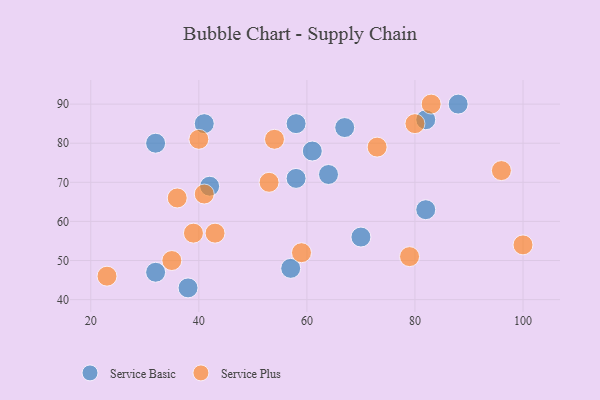
{"axis": {"x": "GDP", "y": "Life Expectancy"}, "legend": ["Service Basic", "Service Plus"], "data": [{"x": "32", "y": 47, "type": "Service Basic"}, {"x": "61", "y": 78, "type": "Service Basic"}, {"x": "41", "y": 85, "type": "Service Basic"}, {"x": "58", "y": 71, "type": "Service Basic"}, {"x": "38", "y": 43, "type": "Service Basic"}, {"x": "57", "y": 48, "type": "Service Basic"}, {"x": "82", "y": 86, "type": "Service Basic"}, {"x": "32", "y": 80, "type": "Service Basic"}, {"x": "64", "y": 72, "type": "Service Basic"}, {"x": "67", "y": 84, "type": "Service Basic"}, {"x": "58", "y": 85, "type": "Service Basic"}, {"x": "82", "y": 63, "type": "Service Basic"}, {"x": "42", "y": 69, "type": "Service Basic"}, {"x": "70", "y": 56, "type": "Service Basic"}, {"x": "88", "y": 90, "type": "Service Basic"}, {"x": "80", "y": 85, "type": "Service Plus"}, {"x": "23", "y": 46, "type": "Service Plus"}, {"x": "36", "y": 66, "type": "Service Plus"}, {"x": "40", "y": 81, "type": "Service Plus"}, {"x": "35", "y": 50, "type": "Service Plus"}, {"x": "53", "y": 70, "type": "Service Plus"}, {"x": "54", "y": 81, "type": "Service Plus"}, {"x": "96", "y": 73, "type": "Service Plus"}, {"x": "79", "y": 51, "type": "Service Plus"}, {"x": "73", "y": 79, "type": "Service Plus"}, {"x": "83", "y": 90, "type": "Service Plus"}, {"x": "43", "y": 57, "type": "Service Plus"}, {"x": "100", "y": 54, "type": "Service Plus"}, {"x": "41", "y": 67, "type": "Service Plus"}, {"x": "59", "y": 52, "type": "Service Plus"}, {"x": "39", "y": 57, "type": "Service Plus"}]}